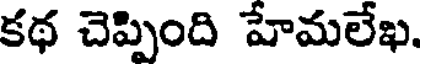
కథ చెప్పింది హేమలేఖ.